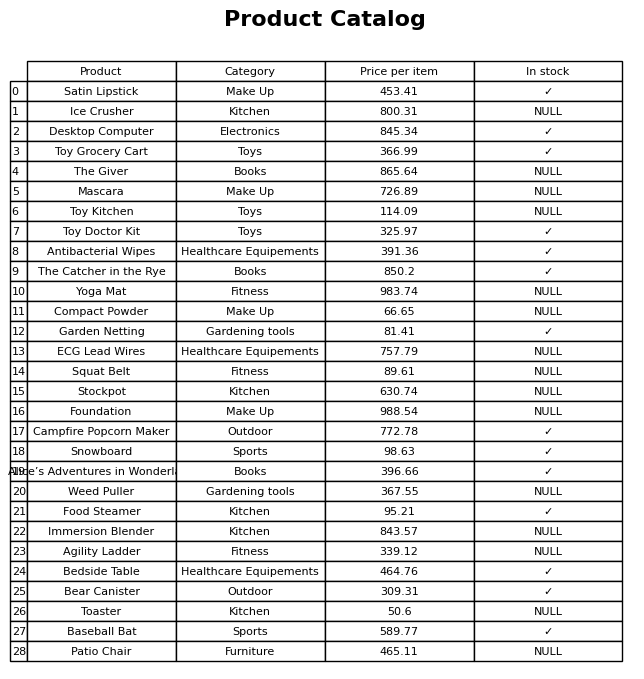
question: What is the price for Immersion Blender?
answer: The price of Immersion Blender is 843.57.